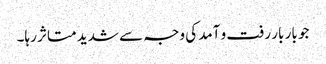
جو بار بار رفت و آمد کی وجہ سے شدید متاثر رہا۔